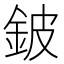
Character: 鈹